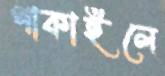
পাকাইলে